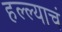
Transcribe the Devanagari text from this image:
हल्ल्याचं